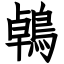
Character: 鵫